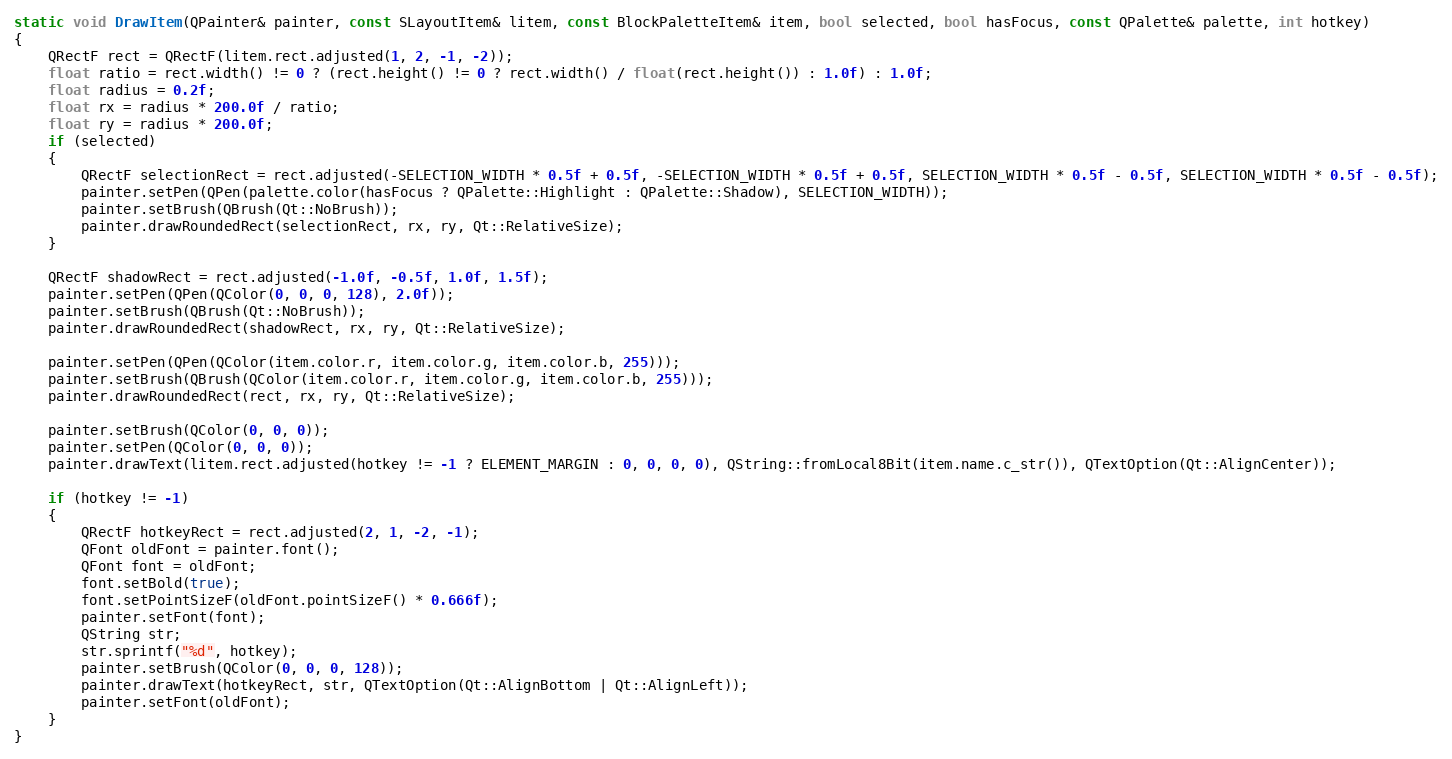
Language: C++
static void DrawItem(QPainter& painter, const SLayoutItem& litem, const BlockPaletteItem& item, bool selected, bool hasFocus, const QPalette& palette, int hotkey)
{
	QRectF rect = QRectF(litem.rect.adjusted(1, 2, -1, -2));
	float ratio = rect.width() != 0 ? (rect.height() != 0 ? rect.width() / float(rect.height()) : 1.0f) : 1.0f;
	float radius = 0.2f;
	float rx = radius * 200.0f / ratio;
	float ry = radius * 200.0f;
	if (selected)
	{
		QRectF selectionRect = rect.adjusted(-SELECTION_WIDTH * 0.5f + 0.5f, -SELECTION_WIDTH * 0.5f + 0.5f, SELECTION_WIDTH * 0.5f - 0.5f, SELECTION_WIDTH * 0.5f - 0.5f);
		painter.setPen(QPen(palette.color(hasFocus ? QPalette::Highlight : QPalette::Shadow), SELECTION_WIDTH));
		painter.setBrush(QBrush(Qt::NoBrush));
		painter.drawRoundedRect(selectionRect, rx, ry, Qt::RelativeSize);
	}

	QRectF shadowRect = rect.adjusted(-1.0f, -0.5f, 1.0f, 1.5f);
	painter.setPen(QPen(QColor(0, 0, 0, 128), 2.0f));
	painter.setBrush(QBrush(Qt::NoBrush));
	painter.drawRoundedRect(shadowRect, rx, ry, Qt::RelativeSize);

	painter.setPen(QPen(QColor(item.color.r, item.color.g, item.color.b, 255)));
	painter.setBrush(QBrush(QColor(item.color.r, item.color.g, item.color.b, 255)));
	painter.drawRoundedRect(rect, rx, ry, Qt::RelativeSize);

	painter.setBrush(QColor(0, 0, 0));
	painter.setPen(QColor(0, 0, 0));
	painter.drawText(litem.rect.adjusted(hotkey != -1 ? ELEMENT_MARGIN : 0, 0, 0, 0), QString::fromLocal8Bit(item.name.c_str()), QTextOption(Qt::AlignCenter));

	if (hotkey != -1)
	{
		QRectF hotkeyRect = rect.adjusted(2, 1, -2, -1);
		QFont oldFont = painter.font();
		QFont font = oldFont;
		font.setBold(true);
		font.setPointSizeF(oldFont.pointSizeF() * 0.666f);
		painter.setFont(font);
		QString str;
		str.sprintf("%d", hotkey);
		painter.setBrush(QColor(0, 0, 0, 128));
		painter.drawText(hotkeyRect, str, QTextOption(Qt::AlignBottom | Qt::AlignLeft));
		painter.setFont(oldFont);
	}
}